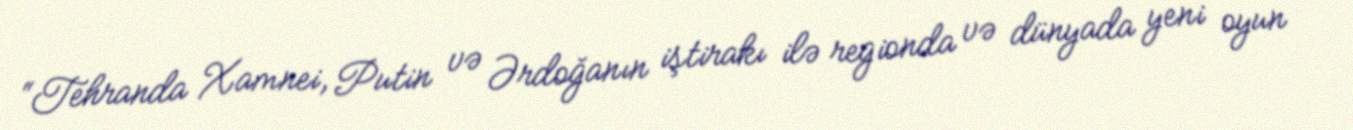
“Tehranda Xamnei, Putin və Ərdoğanın iştirakı ilə regionda və dünyada yeni oyun